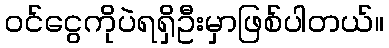
ဝင်ငွေကိုပဲရရှိဦးမှာဖြစ်ပါတယ်။